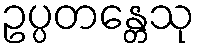
ဥပ္ပတန္တေသု